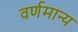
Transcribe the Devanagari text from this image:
वर्णमान्य